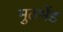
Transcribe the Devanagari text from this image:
मुठभेंड